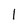
Character: I